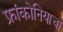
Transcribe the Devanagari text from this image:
फ्रांकोनियाचा